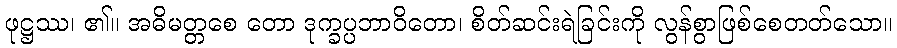
ဖုဋ္ဌဿ၊ ၏။ အဓိမတ္တစေ တော ဒုက္ခပ္ပဘာဝိတော၊ စိတ်ဆင်းရဲခြင်းကို လွန်စွာဖြစ်စေတတ်သော။